Scientific memoirs by medical officers of the Army of India - Part XI,
Year: 1898
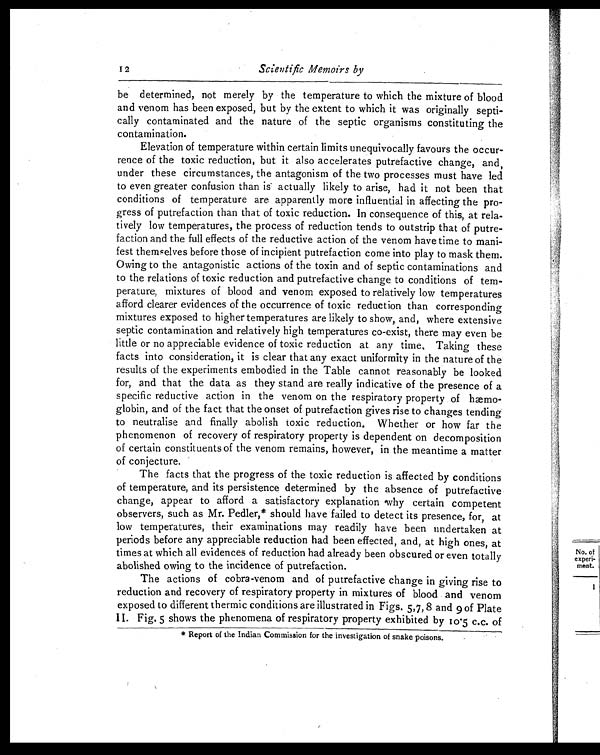
12
Scientific
Memoirs by
be determined, not merely by the temperature to which the mixture of blood
and venom has been exposed, but by the extent to which it was originally septi-
cally contaminated and the nature of the septic organisms constituting the
contamination.
Elevation of temperature within certain limits unequivocally favours the occur-
rence of the toxic reduction, but it also accelerates putrefactive change, and,
under these circumstances, the antagonism of the two processes must have led
to even greater confusion than is actually likely to arise, had it not been that
conditions of temperature are apparently more influential in affecting the pro-
gress of putrefaction than that of toxic reduction. In consequence of this, at rela-
tively low temperatures, the process of reduction tends to outstrip that of putre-
faction and the full effects of the reductive action of the venom have time to mani-
fest themselves before those of incipient putrefaction come into play to mask them.
Owing to the antagonistic actions of the toxin and of septic contaminations and
to the relations of toxic reduction and putrefactive change to conditions of tem-
perature, mixtures of blood and venom exposed to relatively low temperatures
afford clearer evidences of the occurrence of toxic reduction than corresponding
mixtures exposed to higher temperatures are likely to show, and, where extensive
septic contamination and relatively high temperatures co-exist, there may even be
little or no appreciable evidence of toxic reduction at any time, Taking these
facts into consideration, it is clear that any exact uniformity in the nature of the
results of the experiments embodied in the Table cannot reasonably be looked
for, and that the data as they stand are really indicative of the presence of a
specific reductive action in the venom on the respiratory property of hæmo-
globin, and of the fact that the onset of putrefaction gives rise to changes tending
to neutralise and finally abolish toxic reduction. Whether or how far the
phenomenon of recovery of respiratory property is dependent on decomposition
of certain constituents of the venom remains, however, in the meantime a matter
of conjecture.
The facts that the progress of the toxic reduction is affected by conditions
of temperature, and its persistence determined by the absence of putrefactive
change, appear to afford a satisfactory explanation why certain competent
observers, such as Mr. Pedler,* should have failed to detect its presence, for, at
low temperatures, their examinations may readily have been undertaken at
periods before any appreciable reduction had been effected, and, at high ones, at
times at which all evidences of reduction had already been obscured or even totally
abolished owing to the incidence of putrefaction.
The actions of cobra-venom and of putrefactive change in giving rise to
reduction and recovery of respiratory property in mixtures of blood and venom
exposed to different thermic conditions are illustrated in Figs. 5,7, 8 and 9 of Plate
II. Fig. 5 shows the phenomena of respiratory property exhibited by 10.5 c.c. of
* Report of the Indian Commission for the investigation of snake poisons.